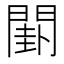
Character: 𨵗